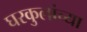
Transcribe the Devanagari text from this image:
घरकुलांच्या